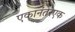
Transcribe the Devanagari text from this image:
एकानंतरएक